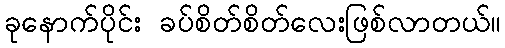
ခုနောက်ပိုင်း ခပ်စိတ်စိတ်လေးဖြစ်လာတယ်။